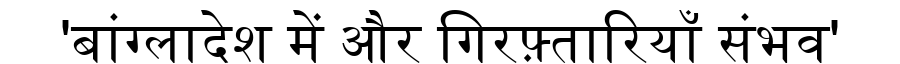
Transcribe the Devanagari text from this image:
'बांग्लादेश में और गिरफ़्तारियाँ संभव'